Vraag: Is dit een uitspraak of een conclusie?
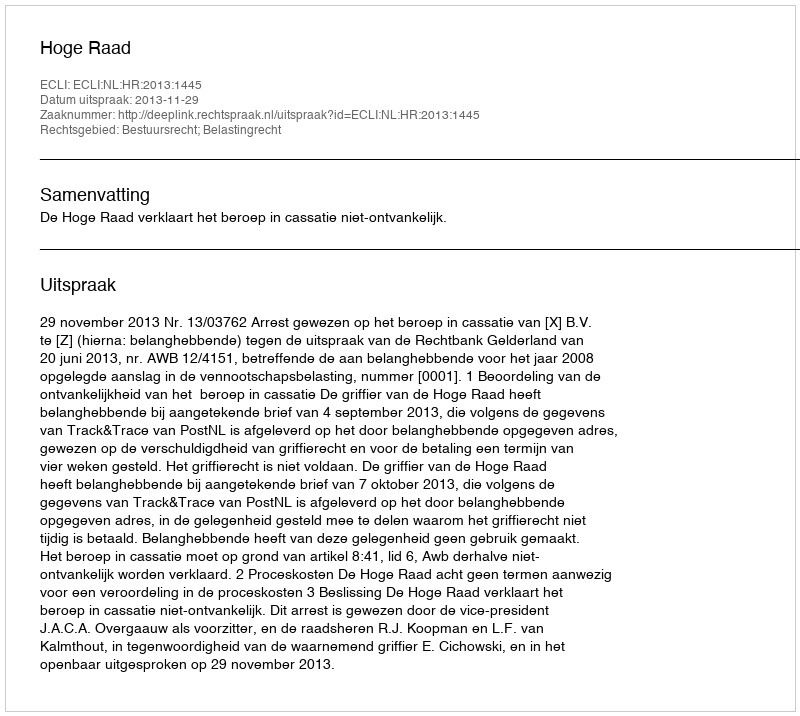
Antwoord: Uitspraak